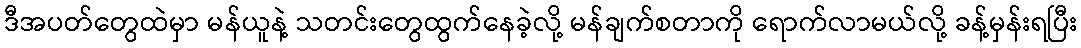
ဒီအပတ်တွေထဲမှာ မန်ယူနဲ့ သတင်းတွေထွက်နေခဲ့လို့ မန်ချက်စတာကို ရောက်လာမယ်လို့ ခန့်မှန်းရပြီး